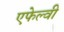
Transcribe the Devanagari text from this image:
एफेल्वी